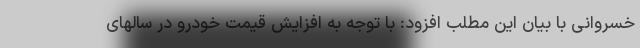
خسروانی با بیان این مطلب افزود: با توجه به افزایش قیمت خودرو در سالهای